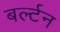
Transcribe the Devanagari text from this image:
बर्ल्टन